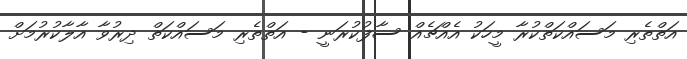
އަތްތެރި މަސައްކަތްކުރާ މީހަކު އެއްޗެއް ސާފުކުރަނީ - އަތްތެރި މަސައްކަތް ދިރުވާ އާލާކުރުމަށް